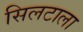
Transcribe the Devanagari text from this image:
सिलटाला